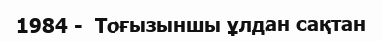
1984 -  Тоғызыншы ұлдан сақтан